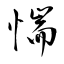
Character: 惴